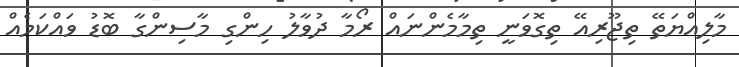
މާލިއްޔަތޭ ތިޖޫރިއޭ ތިގޮވަނީ ތިމާމެންނައް ރޯމާ ދުވާލު ހިންގި މާސިންގާ ބޮޑު ވައްކަމެއް